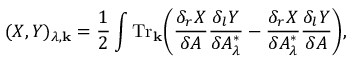
( X , Y ) _ { \lambda , { \bf k } } = \frac { 1 } { 2 } \int { \mathrm { T r } } _ { \bf k } \bigg ( { \frac { \delta _ { r } X } { \delta { \cal A } } } { \frac { \delta _ { l } Y } { \delta { \cal A } _ { \lambda } ^ { * } } } - { \frac { \delta _ { r } X } { \delta { \cal A } _ { \lambda } ^ { * } } } { \frac { \delta _ { l } Y } { \delta { \cal A } } } \bigg ) ,